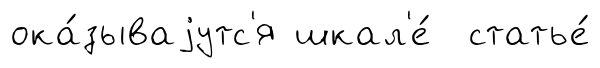
ока́зываjутс'я шкал'е́ статье́